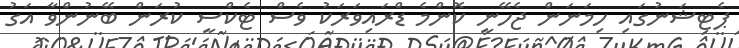
ޕެޓިޝަނުގައި ހިމަނަން ޖެހޭނީ ކޮންމެ ޑްރައިވަރަކު ވެސް ޓެކްސީ ކުރަން ބޭނުންވާ އަގު